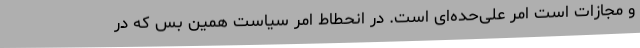
و مجازات است امر علی‌حده‌ای است. در انحطاط امر سیاست همین بس که در